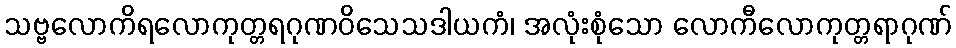
သဗ္ဗလောကိရလောကုတ္တရဂုဏဝိသေသဒါယကံ၊ အလုံးစုံသော လောကီလောကုတ္တရာဂုဏ်